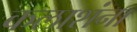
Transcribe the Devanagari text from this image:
कलाशंना